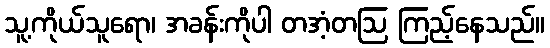
သူ့ကိုယ်သူရော၊ အခန်းကိုပါ တအံ့တဩ ကြည့်နေသည်။